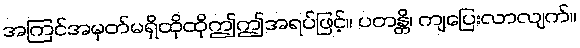
အကြင်အမှတ်မရှိထိုထိုဤဤအရပ်ဖြင့်။ ပတန္တိ၊ ကျပြေးလာလျက်။